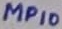
Text: MP10